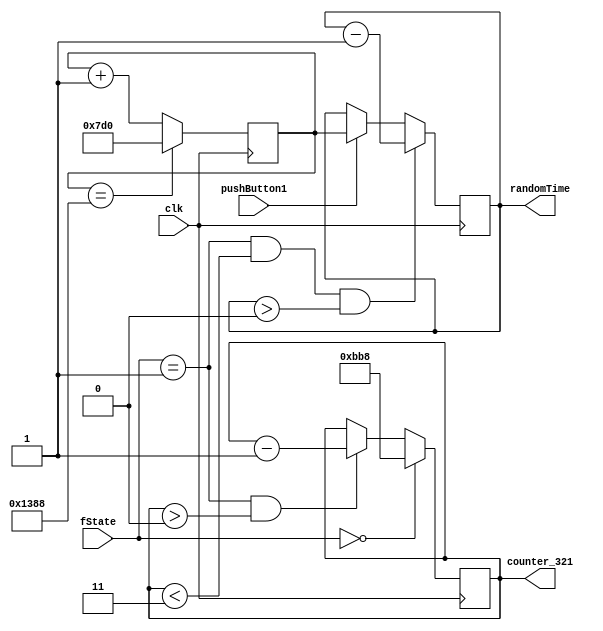
`timescale 1ns / 1ps


module counterRandom( // Use this module to counter 3-2-1 and create a random time before the test state 
    input clk,
    input [2:0] fState,
    input pushButton1,
    output reg [11:0] counter_321,
    output reg [12:0] randomTime
    );
    
    reg [12:0] counter = 13'd2000;
    
    always @(posedge clk) begin
        if (fState == 3'b000) begin // Initialize the counter_321 while in idle state
            counter_321 <= 12'b1011_1011_1000;
        end
        else if (fState == 3'b001 & counter_321 > 12'b0) begin // Counter 3s to create a 3-2-1 signal
            counter_321 <= counter_321 - 1'b1;
        end 
    end
    always @(posedge clk) begin
        counter <= counter + 1; // Keep plus 1 of the counter 
        if (counter == 13'd5000) begin // Initialize counter to 2,000 if it reach 5,000
            counter <= 13'd2000;
        end
        if (pushButton1 == 1) begin // When goes into preparation state, read and store the value of counter
            randomTime <= counter;
        end
        if (fState == 3'b001 & counter_321 < 12'b11 & randomTime > 13'b0) begin // Counter the time and use it as random time
            randomTime <= randomTime - 1'b1;
        end
    end
     
endmodule